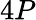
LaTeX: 4P